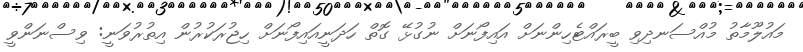
މައުލޫމާތު މުއްސަނދިވި ބީރައްޓެހިންނަށް އައިފޯނަށް ނުގުޅޭ ގޮތް ހަދަނީއައިފޯނަށް ހިޖުރަކުރުން އިތުރުވަނީ: ވިސްނަންވީ